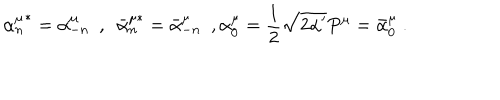
LaTeX: { \alpha _ { n } ^ { \mu } } ^ { * } = \alpha _ { - n } ^ { \mu } \ \ , \ \ { \bar { \alpha } _ { n } ^ { \mu * } } = \bar { \alpha } _ { - n } ^ { \mu } \ \ , \alpha _ { 0 } ^ { \mu } = \frac { 1 } { 2 } \sqrt { 2 \alpha ^ { \prime } } P ^ { \mu } = \bar { \alpha } _ { 0 } ^ { \mu } \ .